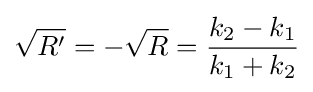
{\sqrt {R'}}=-{\sqrt {R}}={\frac {k_{2}-k_{1}}{k_{1}+k_{2}}}